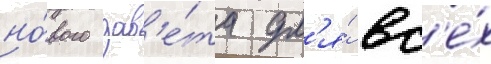
но́вого зав'е́та дл'я́ вс'е́х